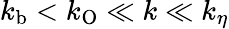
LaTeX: k_{\mathrm{b}}<k_{\mathrm{O}}\ll k\ll k_{\eta}